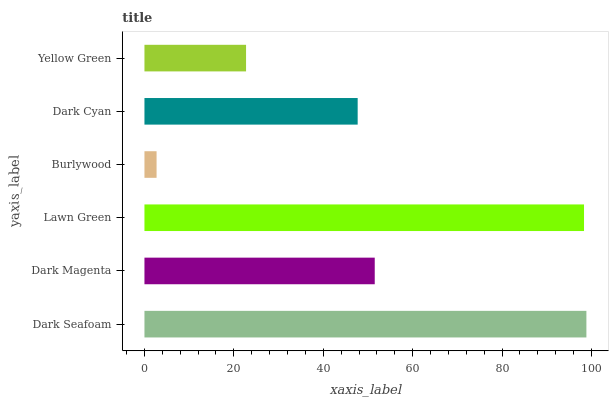
| yaxis_label | bars |
 | --- | --- |
 | Dark Seafoam | 98.9 |
 | Dark Magenta | 51.5 |
 | Lawn Green | 98.3 |
 | Burlywood | 2.71 |
 | Dark Cyan | 47.7 |
 | Yellow Green | 22.7 |